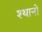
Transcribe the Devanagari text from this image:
श्थानों